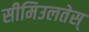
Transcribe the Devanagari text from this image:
सीमिउलतेस्